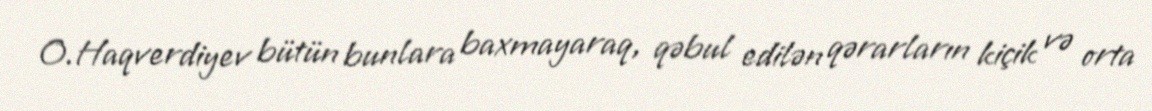
O.Haqverdiyev bütün bunlara baxmayaraq, qəbul edilən qərarların kiçik və orta